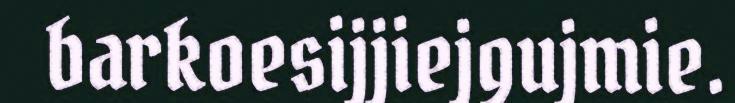
barkoesijjiejgujmie.